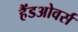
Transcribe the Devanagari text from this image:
हैंडओवर्स